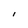
Character: l